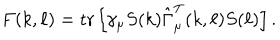
LaTeX: F ( k , \ell ) = \mathrm { t r } \left[ \gamma _ { \mu } S ( k ) \hat { \Gamma } _ { \mu } ^ { \mathrm { T } } ( k , \ell ) S ( \ell ) \right] .